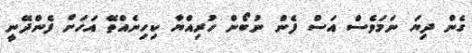
ގެން ދިޔަ ނަމަވެސް އަސް ފެން ނުބޯން ހުރިއްޔާ ކިހިނެއްތޭ އަހަށް ފެންދޭނީ